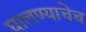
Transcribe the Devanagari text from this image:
घालण्याचेच